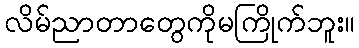
လိမ်ညာတာတွေကိုမကြိုက်ဘူး။